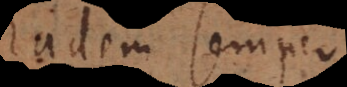
adem semper